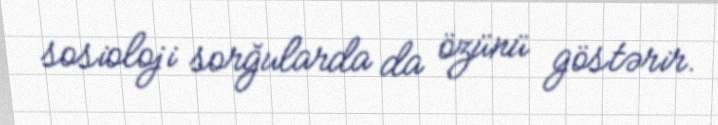
sosioloji sorğularda da özünü göstərir.